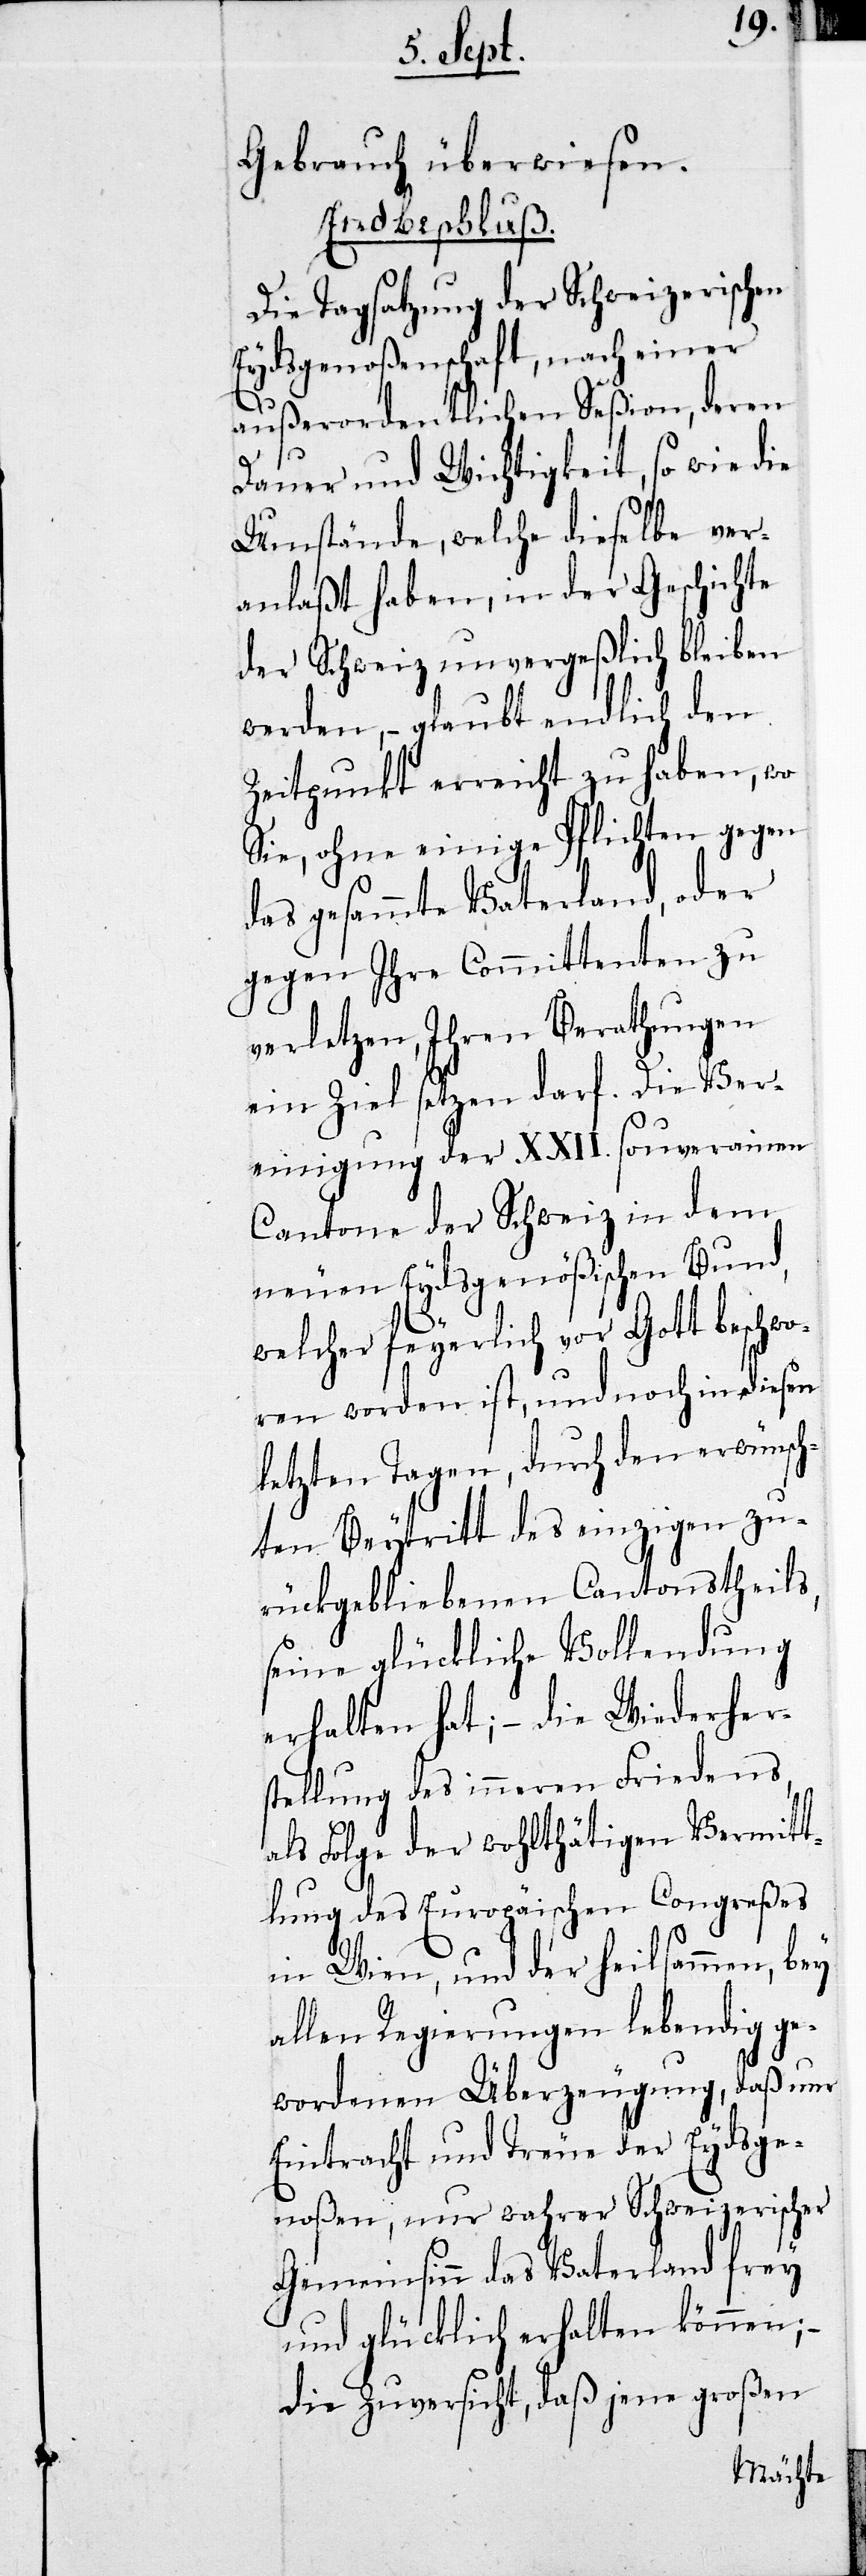
Gebrauch überwiesen.
Endbeschluß.
Die Tagsatzung der Schweizerischen
Eydsgenoßenschaft, nach einer
außerordentlichen Seßion, deren
Dauer und Wichtigkeit, so wie die
Umstände, welche dieselbe ver¬
anlaßt haben, in der Geschichte
der Schweiz unvergeßlich bleiben
werden, – glaubt endlich den
Zeitpunkt erreicht zu haben, wo
Sie, ohne einige Pflichten gegen
das gesammte Vaterland, oder
gegen Ihre Committenten zu
verletzen, Ihren Berathungen
ein Ziel setzen darf. Die Ver¬
einigung der XXII. souverainen
Cantone der Schweiz in dem
neuen Eydsgenößischen Bund,
welcher feyerlich vor Gott beschwo¬
ren worden ist, und noch in diesen
letzten Tagen, durch den erwünsch¬
ten Beytritt des einzigen zu¬
rückgebliebenen Cantonstheils,
seine glückliche Vollendung
erhalten hat; – die Wiederher¬
stellung des inneren Friedens,
als Folge der wohlthätigen Vermitt¬
lung des Europäischen Congreßes
im Wien, und der heilsammen, bey
allen Regierungen lebendig ge¬
wordenen Überzeugung, daß nur
Eintracht und Treue der Eydsge¬
noßen, nur wahrer Schweizerischer
Gemeinsinn das Vaterland frey
und glücklich erhalten können;
die Zuversicht, daß jene großen